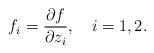
LaTeX: \begin{align*}f_i = {\partial f\over\partial z_i} , \quad i = 1,2.\end{align*}